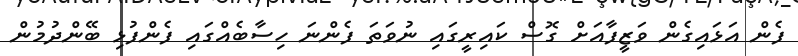
ފެން އަޅައިގެން ވަޒީފާއަށް ގޮސް ކައިރީގައި ނުވަތަ ފެންނަ ހިސާބެއްގައި ފެންފުޅި ބޭންދުމުން